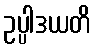
ဥပ္ပါဒယတိ